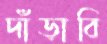
দাঁড়াবি